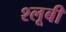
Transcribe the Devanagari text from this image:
श्लूबी